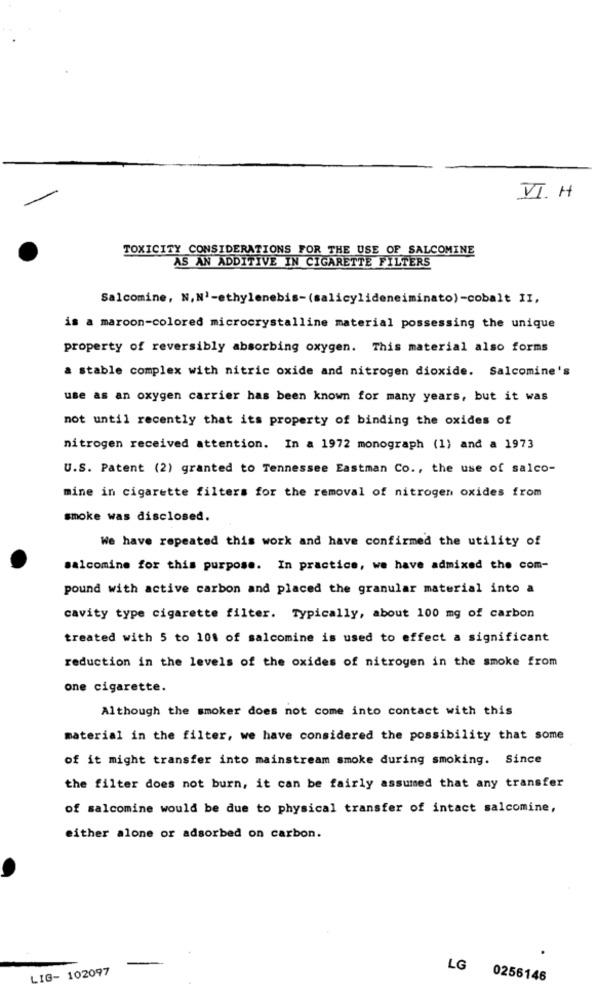
VI. H
TOXICITY CONSIDERATIONS FOR THE USE OF SALCOMINE
AS AN ADDITIVE IN CIGARETTE FILTERS
Salcomine, N, N'-ethylenebis-(salicylideneiminato)-cobalt II,
is a maroon-colored microcrystalline material possessing the unique
property of reversibly absorbing oxygen. This material also forms
a stable complex with nitric oxide and nitrogen dioxide. Salcomine's
use as an oxygen carrier has been known for many years, but it was
not until recently that its property of binding the oxides of
nitrogen received attention. In a 1972 monograph (1) and a 1973
U.S. Patent (2) granted to Tennessee Eastman Co ., the use of salco-
mine in cigarette filters for the removal of nitrogen oxides from
smoke was disclosed.
We have repeated this work and have confirmed the utility of
salcomine for this purpose. In practice, we have admixed the com-
pound with active carbon and placed the granular material into a
cavity type cigarette filter. Typically, about 100 mg of carbon
treated with 5 to 108 of salcomine is used to effect a significant
reduction in the levels of the oxides of nitrogen in the smoke from
one cigarette.
Although the smoker does not come into contact with this
material in the filter, we have considered the possibility that some
of it might transfer into mainstream smoke during smoking. Since
the filter does not burn, it can be fairly assumed that any transfer
of salcomine would be due to physical transfer of intact salcomine,
either alone or adsorbed on carbon.
LIG- 102097
LG
0256146